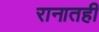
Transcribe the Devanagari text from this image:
रानातही